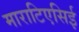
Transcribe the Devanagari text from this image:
माराटिएसिई